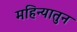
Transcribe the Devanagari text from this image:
महिन्यातुन